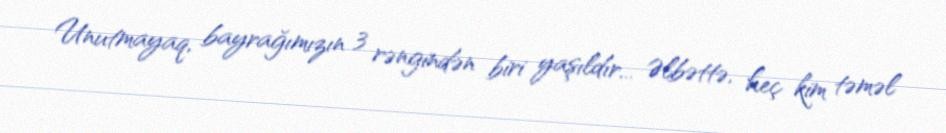
Unutmayaq, bayrağımızın 3 rəngindən biri yaşıldır... Əlbəttə, heç kim təməl